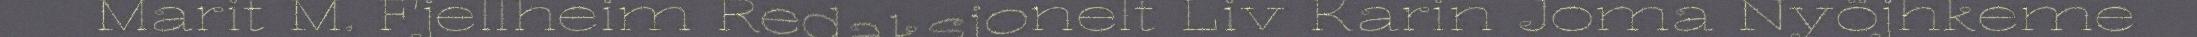
Marit M. Fjellheim Redaksjonelt Liv Karin Joma Nyöjhkeme